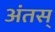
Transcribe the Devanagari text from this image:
अंतस्